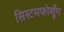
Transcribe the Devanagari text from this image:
सिस्टमफोर्शुंग